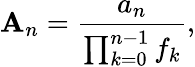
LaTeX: \mathbf{A}_{n}={\frac{{a_{n}}}{{\prod_{k=0}^{n-1}f_{k}}}},